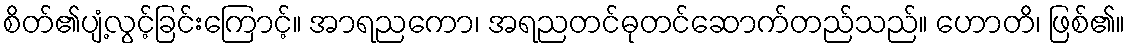
စိတ်၏ပျံ့လွင့်ခြင်းကြောင့်။ အာရညကော၊ အရညတင်ဓုတင်ဆောက်တည်သည်။ ဟောတိ၊ ဖြစ်၏။